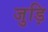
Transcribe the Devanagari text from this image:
जुड़ि